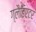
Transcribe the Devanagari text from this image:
ग्‍लैडिएटर